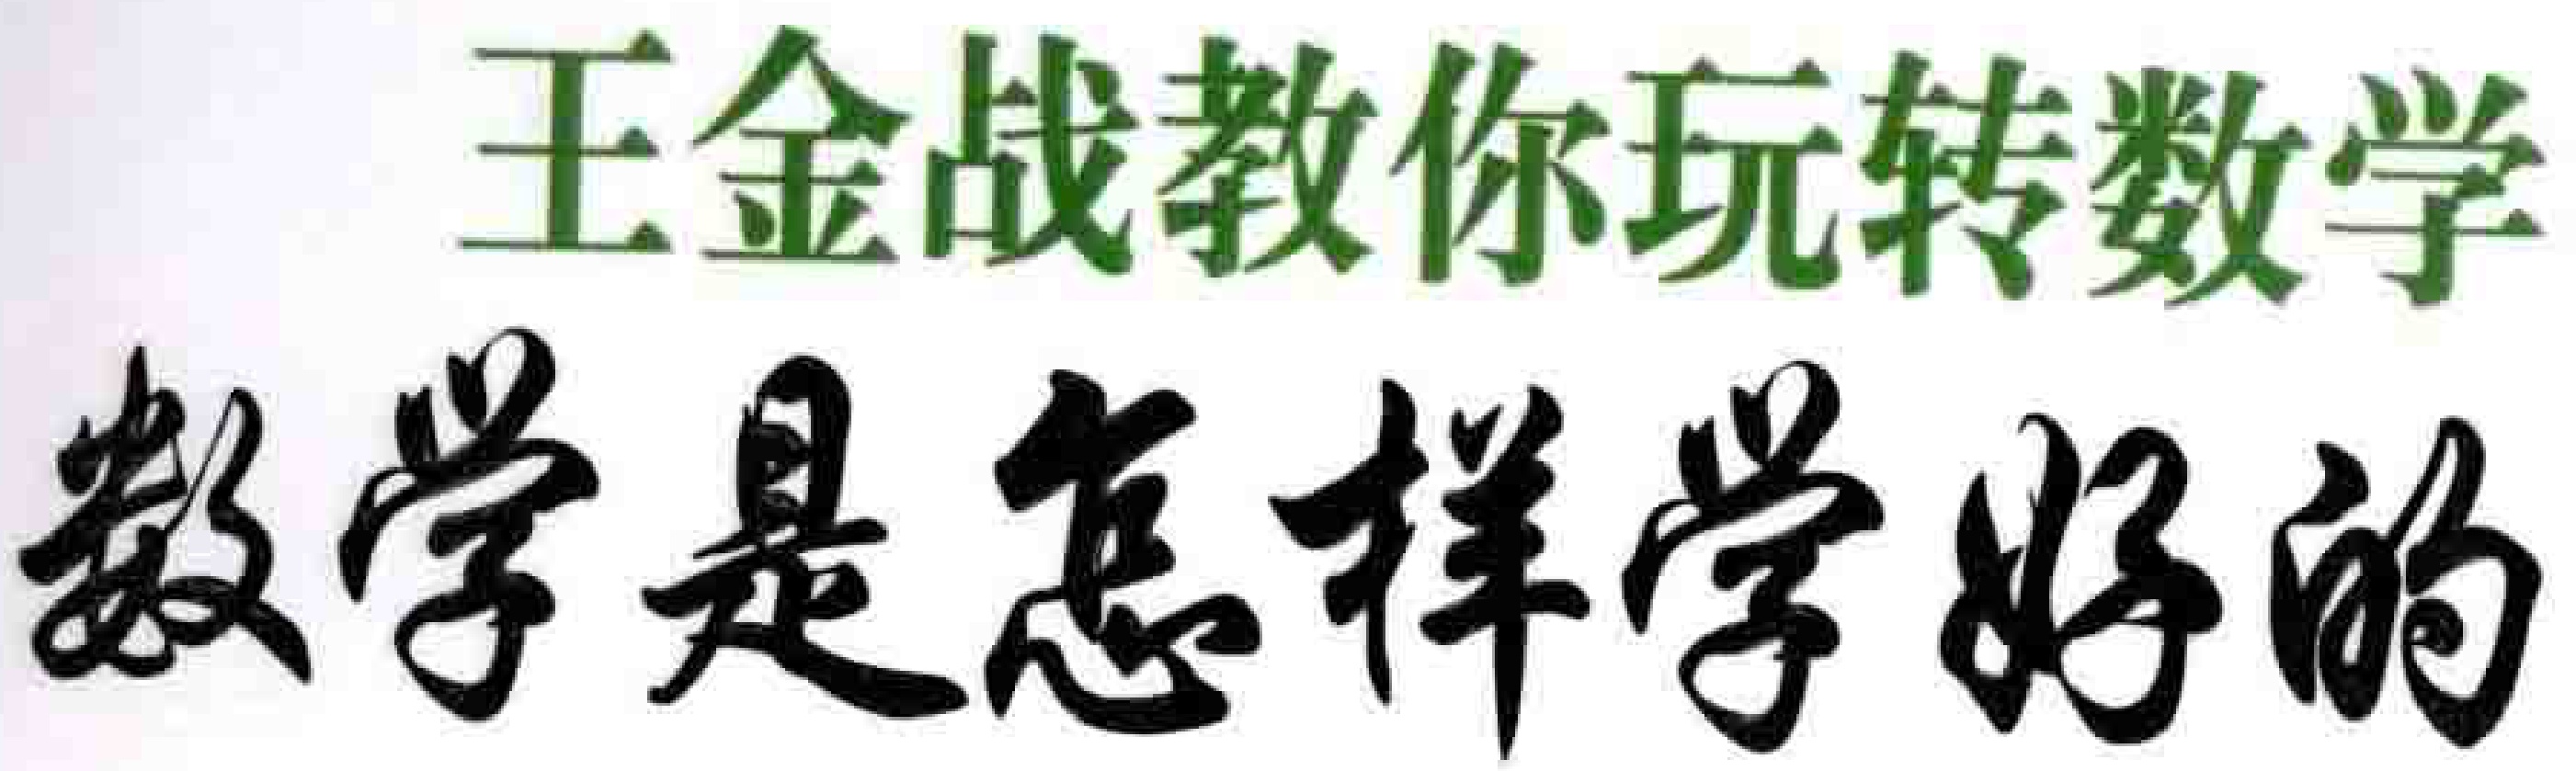
王金战教你玩转数学
数学是怎样学好的